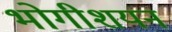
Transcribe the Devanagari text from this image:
भोगीशयन